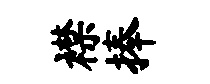
襟捧